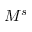
M ^ { s }